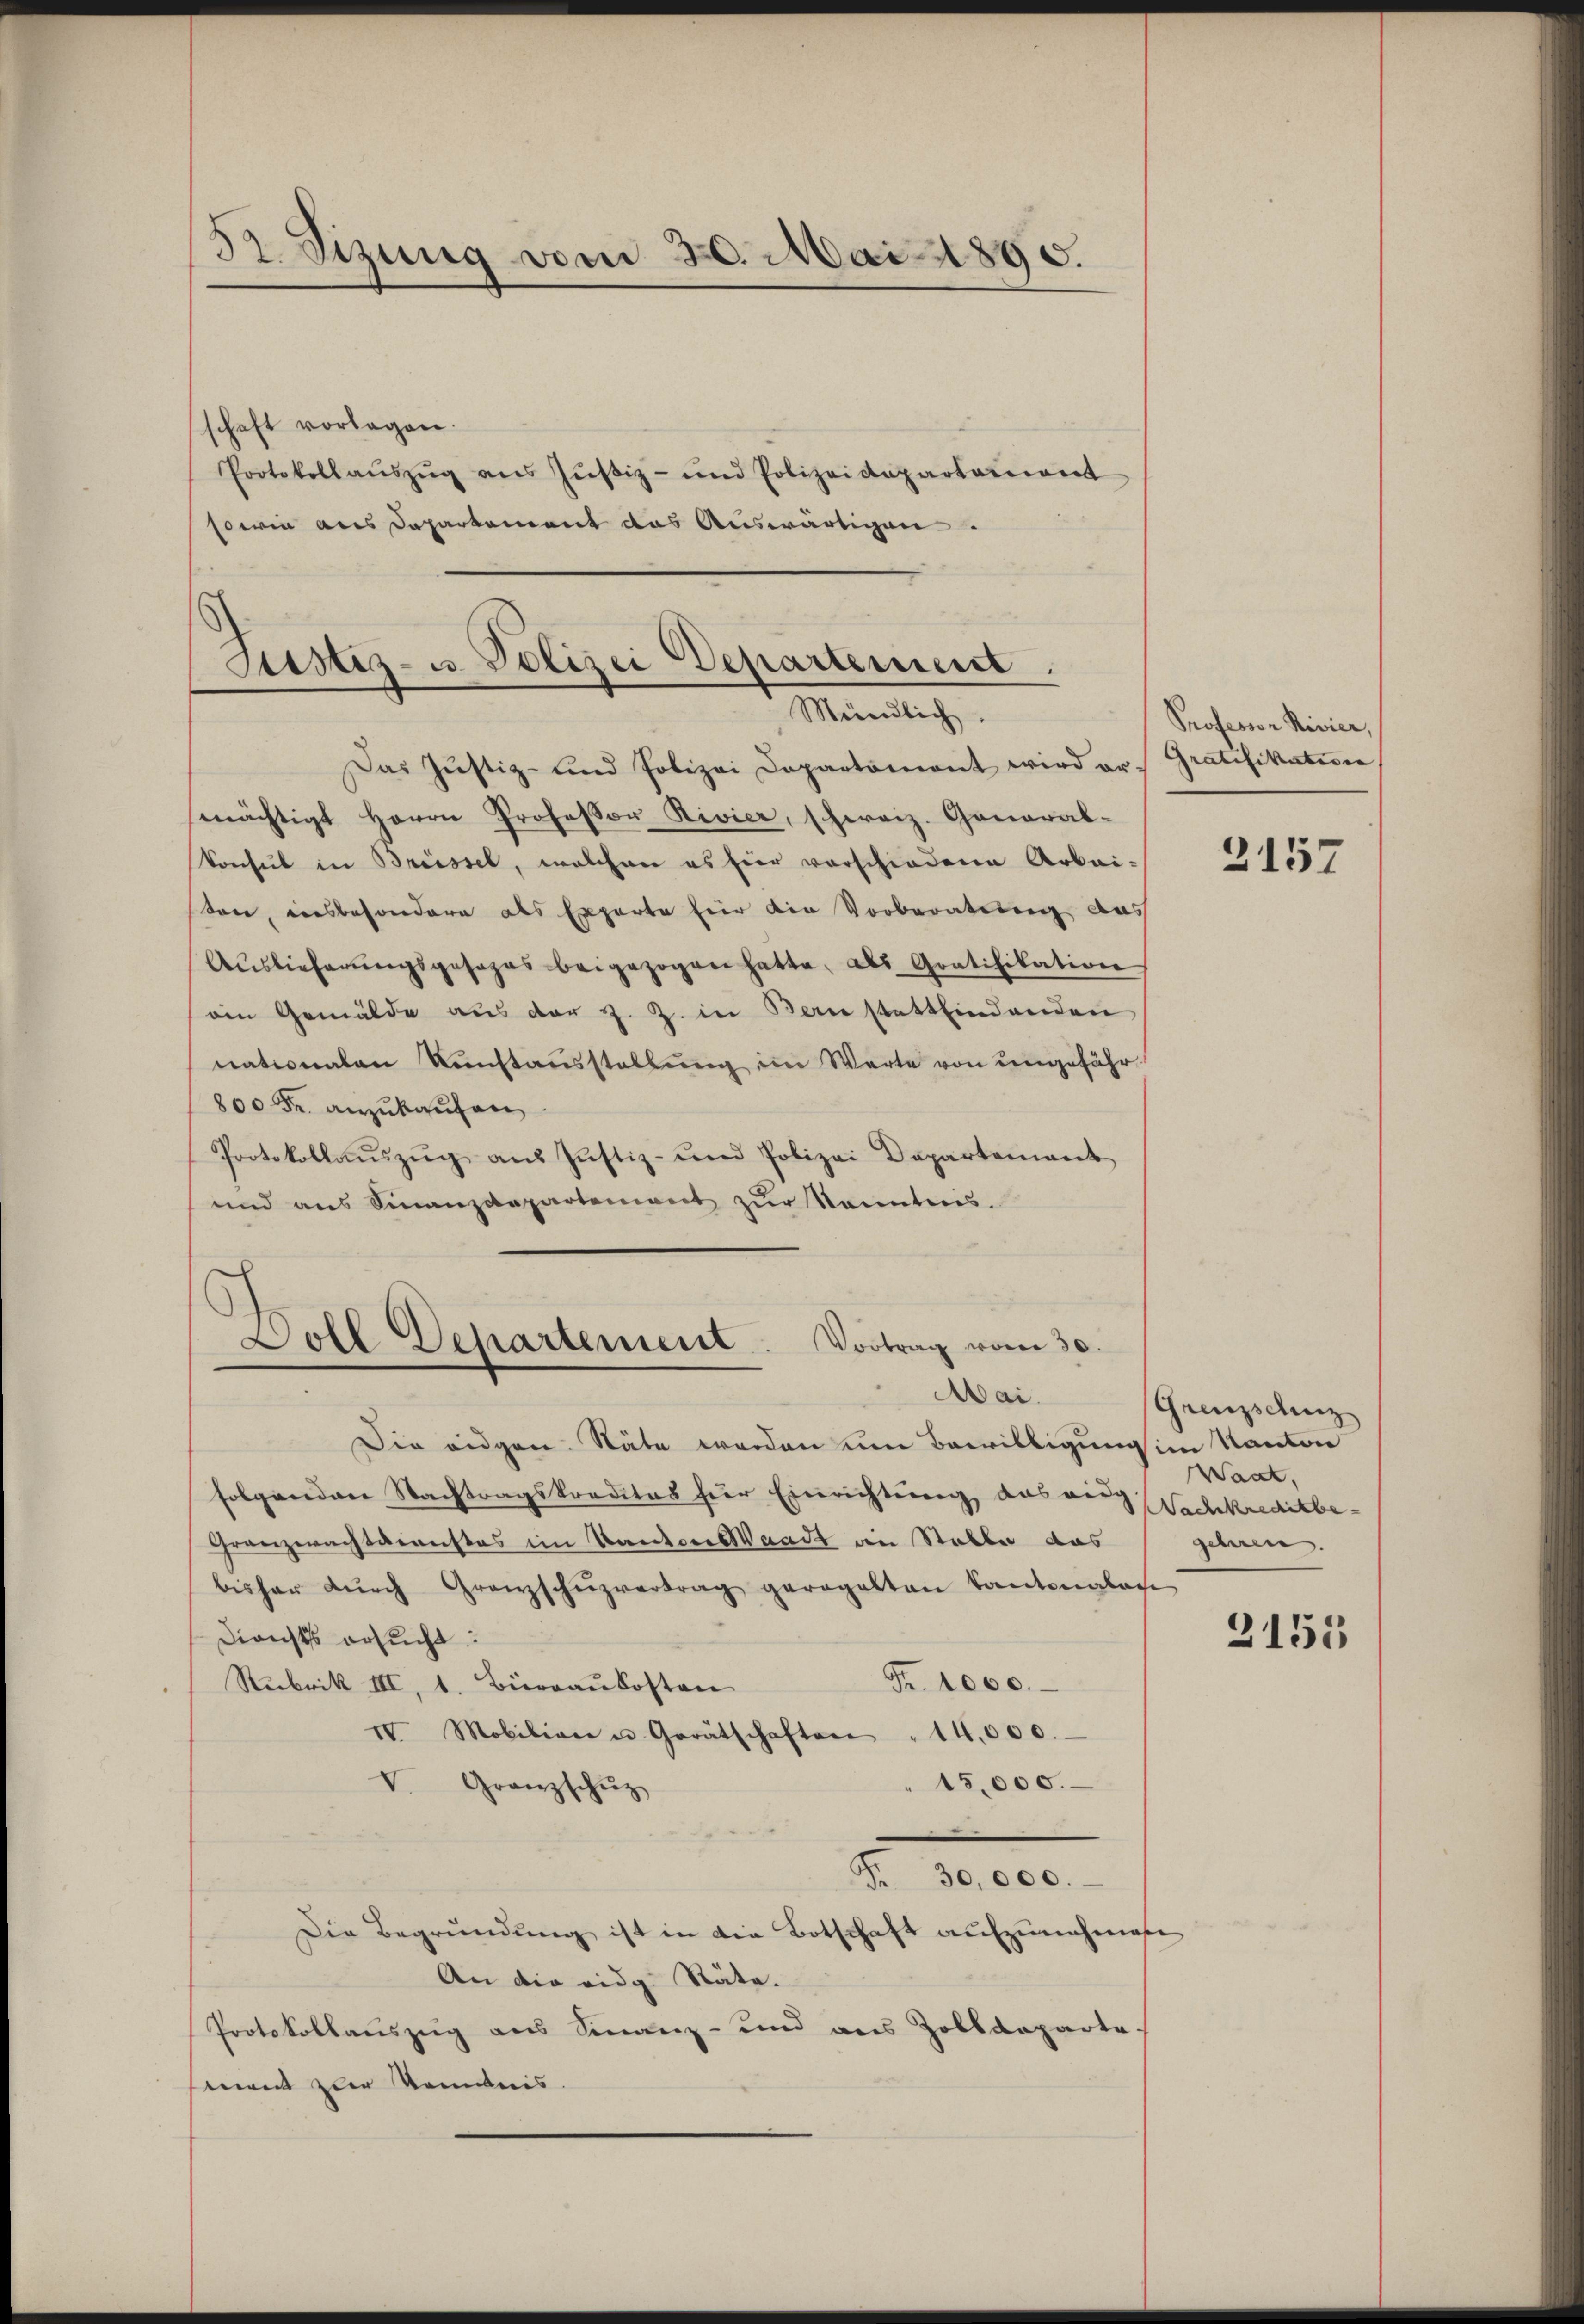
52. Sizung vom 30. Mai 1890.

schaft vorlagen.
Protokollaŭszŭg ans Jŭstiz- und Polizeidepartement
sowie aus Departement das Auswärtigen.

.
Justiz- u. Polizei Departement.
Mündlich.

Das Justiz- und Polizei Departoniant wird ar- Gratifikation
mächtigt Herrn Professor Rivier, schweiz. General-
Konsul in Brüssel, welchen es hier vorschiedene Arbeiten, insbesondere als Experte für die Vorberatung das
Aŭslieferŭngsgesages beigezogen hatte, als Gratifikation
ain Gemälde aus der z. Z. in Bonstattfindenden
nationalen Kunstausstellung im Werte von ungefähr¬
Fr. anzukaufen
Protokollaŭszŭg aŭs Justiz- und Polizei Departement
und aus Finanzdepartement zur Kenntnis.

Doll Departement
Vortrag vom 30.
Mai.

Professor Rivier,

Die eidgen. Stäte werden um Bewilligung im Kanton
folgenden Nachtragskreditas hier Einrichtung, das virg Nachkreditbe-
Granzwachtdienstes im Kanton Waadt an Stable das gehren.
bisher dŭrch Granzschŭzvertrag geregelten kantonalan
Diensts ersucht:
Fr. 1000.
Rubrik III, 1. Bierraukosten
IV. Mobilian u. Gerätschaften " 14,000.
15,000.
V. Granzschŭz
Fr. 30,000.
Die Begründung ist in die Botschaft aufzunehmene
An die eidg. Räte.
Protokollauszug aus Finanz- und aus Zolldeparte-
ment zur Kenntnis.

2157

Grenzschuz
Waat,

3155